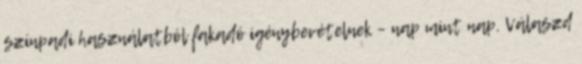
színpadi használatból fakadó igénybevételnek – nap mint nap. Válaszd